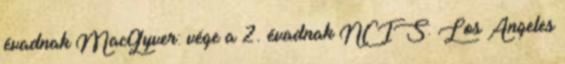
évadnak MacGyver: vége a 2. évadnak NCIS: Los Angeles